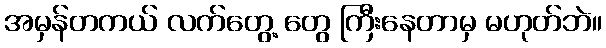
အမှန်တကယ် လက်တွေ့ တွေ ကြီးနေတာမှ မဟုတ်ဘဲ။